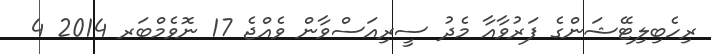
ރިހެބިލިޓޭޝަންގެ ފަރުވާއާ މެދު ސީރިއަސްވާން ވެއްޖެ 17 ނޮވެމްބަރ 2014 4